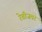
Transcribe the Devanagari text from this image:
रेबीजवर